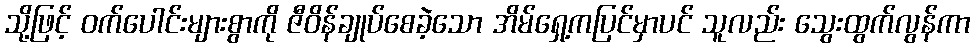
သို့ဖြင့် ဝက်ပေါင်းများစွာကို ဇီဝိန်ချုပ်စေခဲ့သော အိမ်ရှေ့ကပြင်မှာပင် သူလည်း သွေးထွက်လွန်ကာ